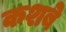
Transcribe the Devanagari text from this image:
कशबे